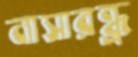
নাসারন্ধ্র